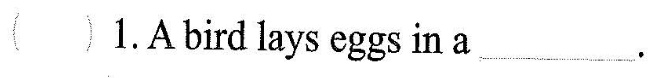
1.A bird lays eggs in a ___.